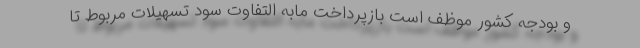
و بودجه کشور موظف است بازپرداخت مابه التفاوت سود تسهیلات مربوط تا